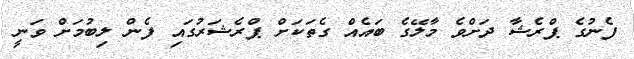
ފެނުގެ ޕްރެޝާ ދަށްވެ މާލޭގެ ބައެއް ގެތަކަށް ޕްރެޝަރުގައި ފެން ލިބުމަށް ވަނީ